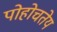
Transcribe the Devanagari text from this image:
पोहोचतेय